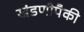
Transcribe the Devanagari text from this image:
खंडणीपैकी